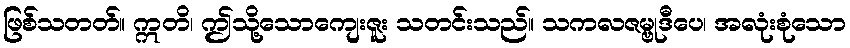
ဖြစ်သတတ်။ ဣတိ၊ ဤသို့သောကျေးဇူး သတင်းသည်။ သကလဇမ္ဗုဒီပေ၊ အလုံးစုံသော